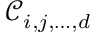
\mathcal { C } _ { i , j , \dots , d }